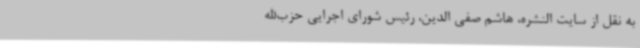
به نقل از سایت النشره، هاشم صفی الدین، رئیس شورای اجرایی حزب‌الله